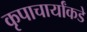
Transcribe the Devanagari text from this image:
कृपाचार्यांकडे